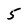
Character: 5